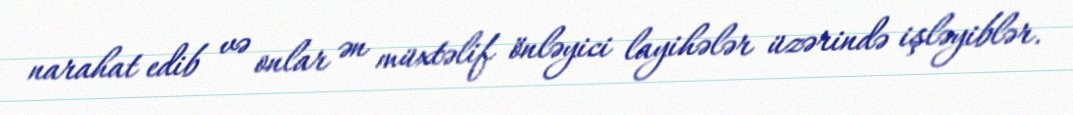
narahat edib və onlar ən müxtəlif önləyici layihələr üzərində işləyiblər.